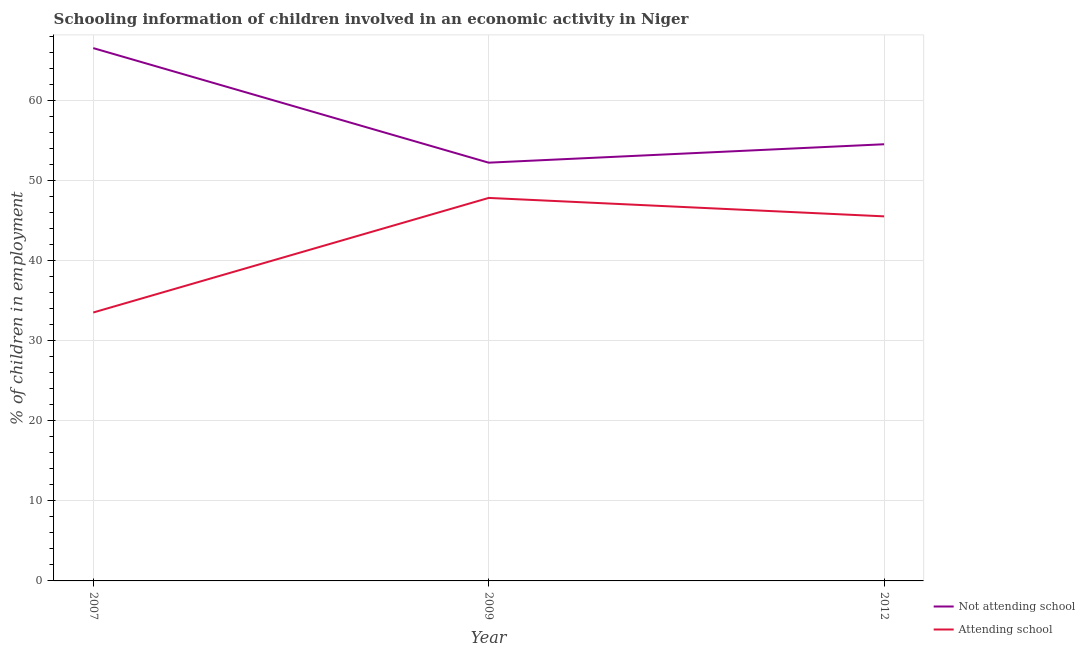
| Year | Not attending school | Attending school |
 | --- | --- | --- |
 | 2007 | 66.5 | 33.5 |
 | 2009 | 52.2 | 47.8 |
 | 2012 | 54.5 | 45.5 |